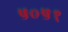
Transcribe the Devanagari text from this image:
५०५१